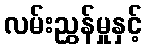
လမ်းညွှန်မှုနှင့်